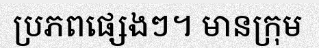
ប្រភពផ្សេងៗ។ មានក្រុម